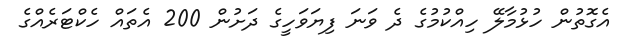
އެގޮތުން ހުޅުމާލޭ ހިއްކުމުގެ ދެ ވަނަ ފިޔަވަހީގެ ދަށުން 200 އެތައް ހެކްޓަރެއްގެ